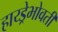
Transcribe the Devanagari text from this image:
हाय्ड्रेभोवती